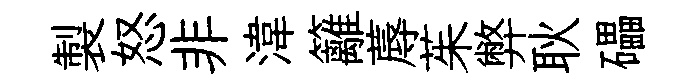
製怒非湋籬蓐茱弊耿礧